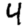
Digit: 4